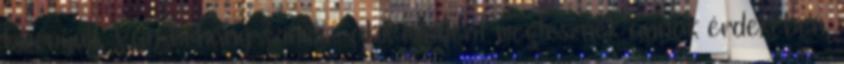
bizonyult. Van néhány színész, akik mindent megtesznek annak érdekében,